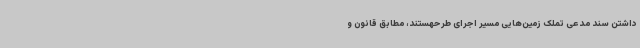
داشتن سند مدعی تملک زمین‌هایی مسیر اجرای طرحهستند، مطابق قانون و